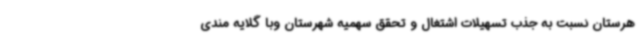
هرستان نسبت به جذب تسهیلات اشتغال و تحقق سهمیه شهرستان وبا گلایه مندی